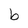
Character: b